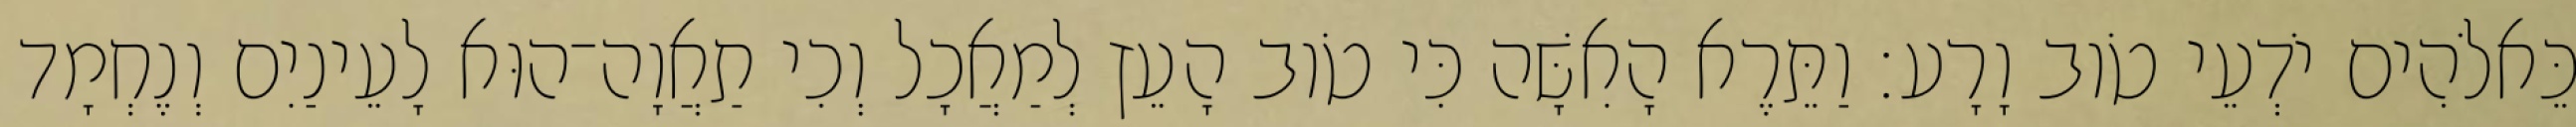
כֵּאלֹהִים יֹדְעֵי טֹוב וָרָע׃ וַתֵּרֶא הָאִשָּׁה כִּי טֹוב הָעֵץ לְמַאֲכָל וְכִי תַאֲוָה־הוּא לָעֵינַיִם וְנֶחְמָד